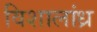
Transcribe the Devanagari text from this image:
विशालांध्र